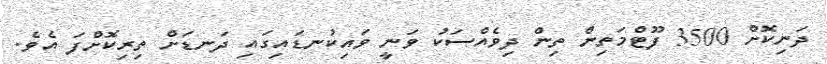
ދަނިކޮށް 3500 ފޫޓްމަތިން ތިން ދިވެއްސަކު ވަނީ ވައިކުނޑައިގައި ދަނޑަށް ތިރިކޮށްފަ އެވެ.